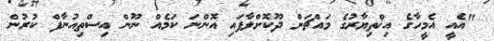
"އެއީ އެމީހާގެ އިޚްތިޔާރުގެ މައްޗަށް ދޫކޮށްލާފައި އޮންނަ ކަމެއް ނޫން އިސްތިއުނާފް ކުރުން